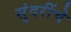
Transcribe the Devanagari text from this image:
सुंदरींचे